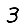
Digit: 3